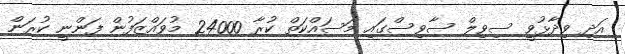
އަދި ވިދާޅުވީ ސިވިލް ސާވިސްގައި މަސައްކަތް ކުރާ 24000 މުވައްޒަފުން ފަންނީ ކުރަން